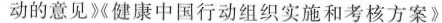
动的意见》《健康中国行动组织实施和考核方案》